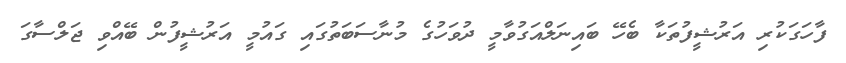
ފާހަގަކުރި އަރުޝީފުތަކާ ބެހޭ ބައިނަލްއަގުވާމީ ދުވަހުގެ މުނާސަބަތުގައި ގައުމީ އަރުޝީފުން ބޭއްވި ޖަލްސާގަ